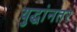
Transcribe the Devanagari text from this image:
युद्धांनतर